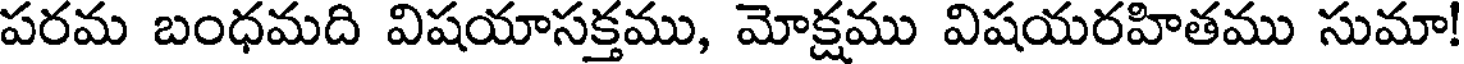
పరమ బంధమది విషయాసక్తము, మోక్షము విషయరహితము సుమా!